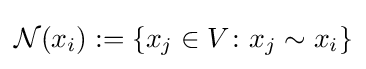
{\mathcal {N}}(x_{i}):=\{x_{j}\in V\colon x_{j}\sim x_{i}\}